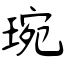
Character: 琬